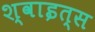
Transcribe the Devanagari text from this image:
श्वाइत्स